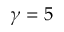
\gamma = 5